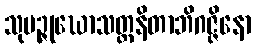
သုမဉ္ဇုဃောသတ္ထနိတာဘိဂဇ္ဇိနော